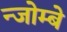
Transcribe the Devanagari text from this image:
न्जोम्बे